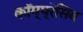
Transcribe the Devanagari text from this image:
कॉम्प्रेसिव